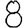
Digit: 8